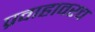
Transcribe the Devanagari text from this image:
प्रवाहावरच